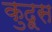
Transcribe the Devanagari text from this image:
कुदूस